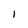
Character: I